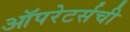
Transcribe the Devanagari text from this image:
ऑपरेटर्सची